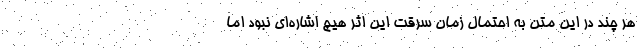
هر چند در این متن به احتمال زمان سرقت این اثر هیچ اشاره‌ای نبود اما